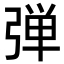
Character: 弾